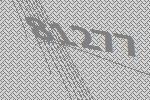
81277